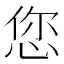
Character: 您